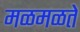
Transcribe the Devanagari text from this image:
मळमळते